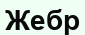
Жебр